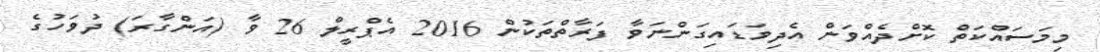
މިމަސައްކަތް ކޮށްދެއްވަން އެދިވަޑައިގަންނަވާ ފަރާތްތަކުން 2016 އެޕްރީލް 26 ވާ (އަންގާރަ) ދުވަހުގެ